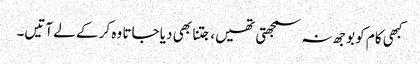
کبھی کام کو بوجھ نہ سمجھتی تھیں، جتنا بھی دیا جاتا وہ کر کے لے آتیں۔